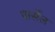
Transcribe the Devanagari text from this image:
पार्सेल